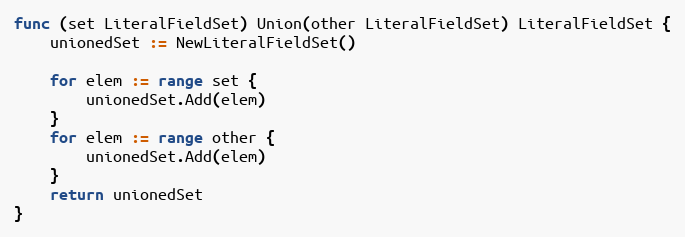
Language: Go
func (set LiteralFieldSet) Union(other LiteralFieldSet) LiteralFieldSet {
	unionedSet := NewLiteralFieldSet()

	for elem := range set {
		unionedSet.Add(elem)
	}
	for elem := range other {
		unionedSet.Add(elem)
	}
	return unionedSet
}